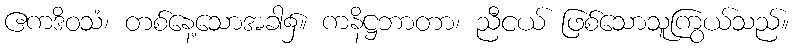
ဧကဒိဝသံ၊ တစ်နေ့သောအခါ၌။ ကနိဋ္ဌဘာတာ၊ ညီငယ် ဖြစ်သောသူကြွယ်သည်။